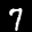
Label: 7